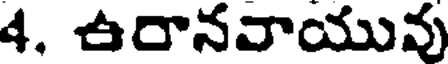
4. ఉరానవాయువు